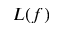
L ( f )